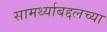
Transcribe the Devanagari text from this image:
सामर्थ्याबद्दलच्या